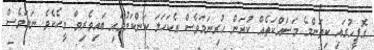
އޮފީހުގައި ކިތަންމެ މަސައްކަތެއް ކުރަން ހުރިނަމަވެސް އެކަހަލަ ކަންކަމުގައި ބައިވެރިވާ މީހެކެވެ. ނަމަވެސް